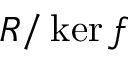
R / \ker f